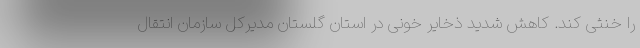
را خنثی کند. کاهش شدید ذخایر خونی در استان گلستان مدیرکل سازمان انتقال